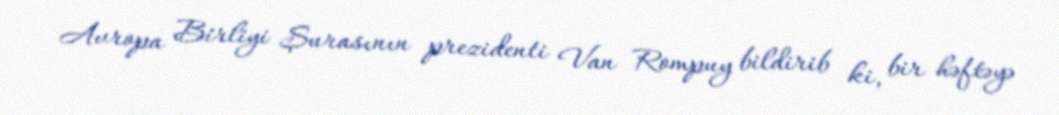
Avropa Birliyi Şurasının prezidenti Van Rompuy bildirib ki, bir həftəyə